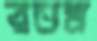
রতম